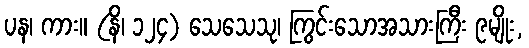
ပန၊ ကား။ (နိ၊ ၁၂၄) သေသေသု၊ ကြွင်းသောအသားကြီး ၉မျိုး,